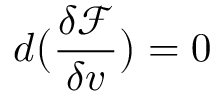
d \big ( \frac { \delta \mathcal { F } } { \delta v } \big ) = 0